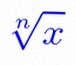
\sqrt[n]{x}